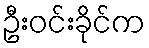
ဦးဝင်းခိုင်က